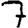
Digit: 7